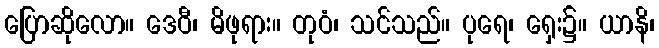
ပြောဆိုလော။ ဒေဝီ၊ မိဖုရား။ တုဝံ၊ သင်သည်။ ပုရေ၊ ရှေး၌။ ယာနိ၊